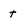
Character: t